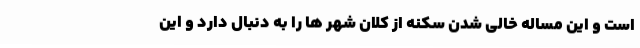
است و این مساله خالی شدن سکنه از کلان شهر ها را به دنبال دارد و این